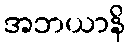
အဘယာနိ